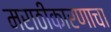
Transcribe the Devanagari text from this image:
मराठीकारणाचा